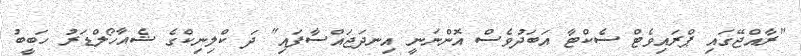
"ރާއްޖޭގައި ޕްރައިވެޓް ސެކްޓާ އަބަދުވެސް އޮންނަނީ އިނދަޖައްސާފައި" ދަ ކްލިނިކްގެ ޝެއާހޯލްޑަރު ހަބީބު